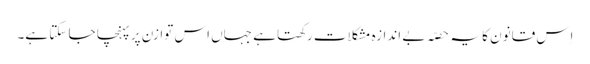
اِس قانون کا یہ حصّہ بے اندازہ مشکلات رکھتا ہے جہاں اس توازن پر پہنچا جا سکتا ہے۔